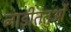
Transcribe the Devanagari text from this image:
नाड़ीतंतुओं